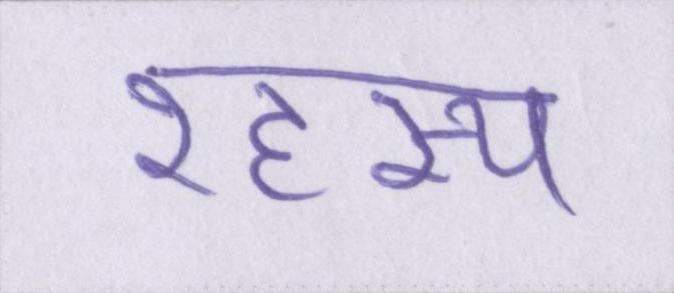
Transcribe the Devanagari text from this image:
रहस्य